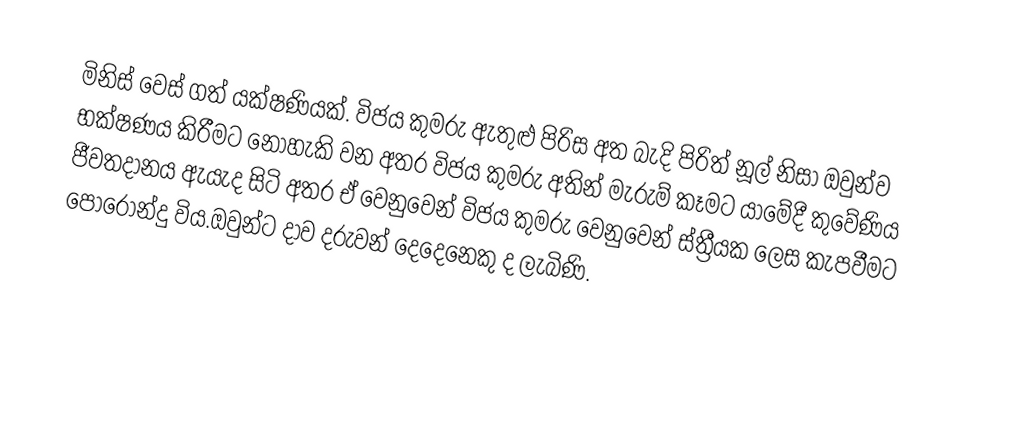
මිනිස් වෙස් ගත් යක්ෂණියක්. විජය කුමරු ඇතුළු පිරිස අත බැදි පිරිත් නූල් නිසා ඔවුන්ව භක්ෂණය කිරීමට නොහැකි වන අතර විජය කුමරු අතින් මැරුම් කෑමට යාමේදී කුවේණිය ජීවතදානය ඇයැද සිටි අතර ඒ වෙනුවෙන් විජය කුමරු වෙනුවෙන් ස්ත්‍රීයක ලෙස කැපවීමට පොරොන්දු විය.ඔවුන්ට දාව දරුවන් දෙදෙනෙකු ද ලැබිණි.